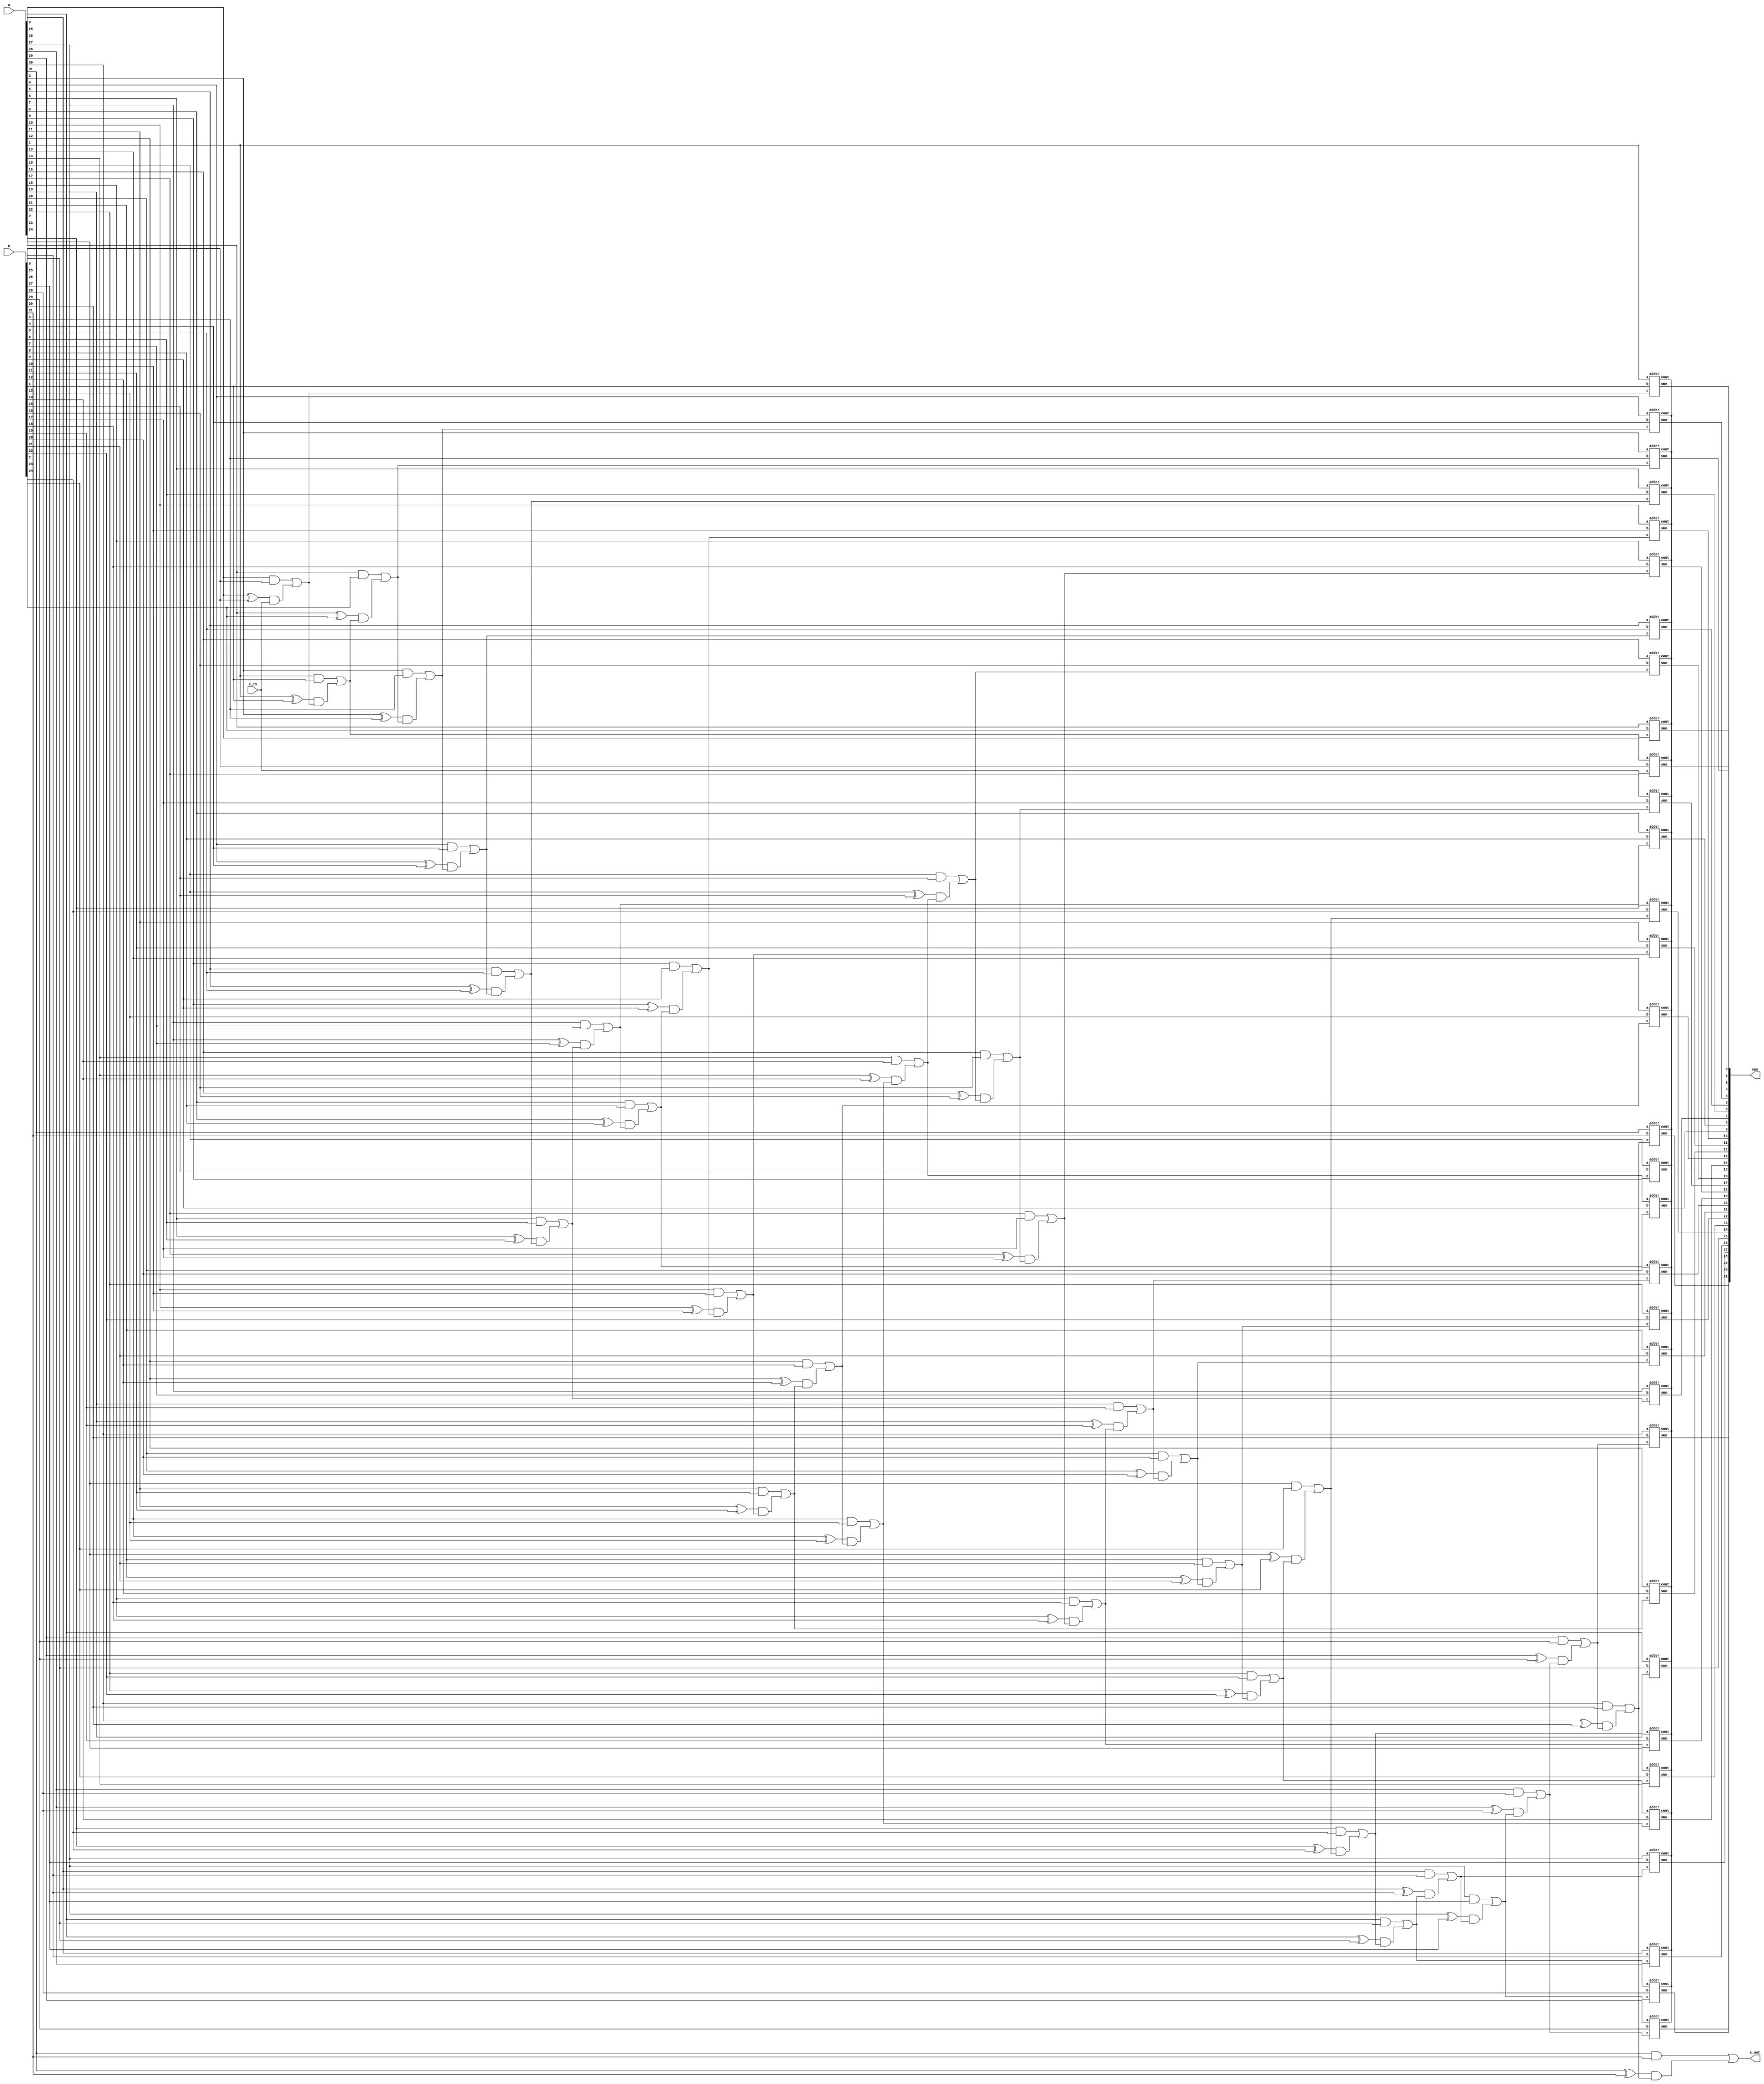
module lookAheadCarryAdder #(parameter N = 32)(
  input [N-1:0] a, b,
  input c_in,
  output [N-1:0] sum,
  output c_out
);

  wire [N:0] C;
  wire [N-1:0] G, P, SUM;

  assign C[0] = c_in;

  genvar i;
  generate
    for (i = 0; i < N; i = i + 1) begin : l1
      adder a1 (
        .a(a[i]),
        .b(b[i]),
        .c(C[i]),
        .sum(SUM[i]),
        .cout()
      );
    end
  endgenerate

  genvar j;
  generate
    for (j = 0; j < N; j = j + 1) begin : l2
      assign G[j] = a[j] & b[j];
      assign P[j] = a[j] ^ b[j];
      assign C[j + 1] = G[j] | (P[j] & C[j]);
    end
  endgenerate

  assign sum = SUM;
  assign c_out = C[N];

endmodule

module adder(
  input a, b, c,
  output reg sum, cout
);

  always @(*) begin
    {cout, sum} = a + b + c;
  end

endmodule